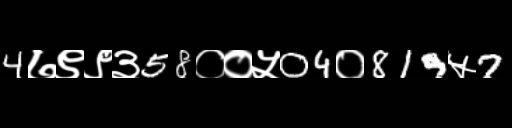
Text: 4७९९३58००५04०819५7